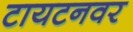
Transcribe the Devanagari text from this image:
टायटनवर